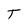
Character: T